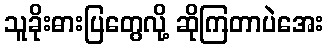
သူခိုးဓားပြတွေလို့ ဆိုကြတာပဲအေး